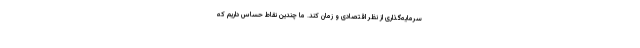
سرمایه‌گذاری از نظر اقتصادی و زمان کند. ما چندین نقاط حساس داریم که